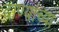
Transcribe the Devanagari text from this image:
दाण्यांच्या